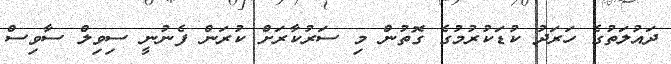
ދައުލަތުގެ ހަރަދު ކުޑަކުރުމުގެ ގޮތުން މި ސަރުކާރަށް ކުރަން ފެނުނީ ސިވިލް ސާވިސް